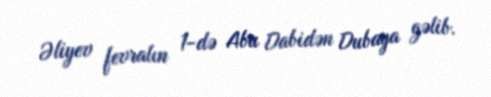
Əliyev fevralın 1-də Abu Dabidən Dubaya gəlib.